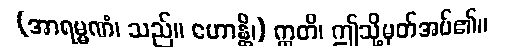
(အာရမ္မဏံ၊ သည်။ ဟောန္တိ၊) ဣတိ၊ ဤသို့မှတ်အပ်၏။